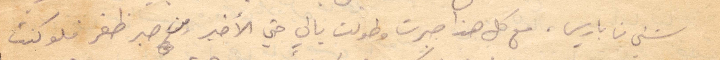
شيء من باريس. مع كل هذا صرت وطولت بالي حتى الأخير من صبر ظفر فلو كنت